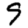
Digit: 9